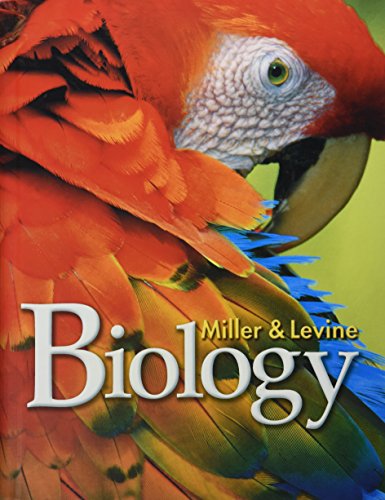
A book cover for Miller & Levine Biology: 2010 On-Level, Student Edition; Kenneth R. Miller; Science & Math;